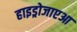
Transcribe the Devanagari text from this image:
हाइड्रोजाएआ